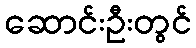
ဆောင်းဦးတွင်